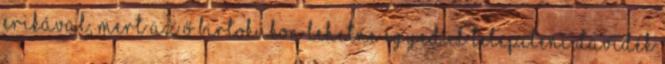
Erikával, mert az ő birtokukon lehetne egyedül telepíteni Davidék